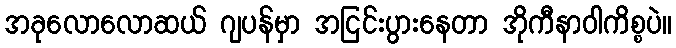
အခုလောလောဆယ် ဂျပန်မှာ အငြင်းပွားနေတာ အိုကီနာဝါကိစ္စပဲ။